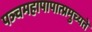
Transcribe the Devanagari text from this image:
पञ्चमहापापात्प्रमुच्यते